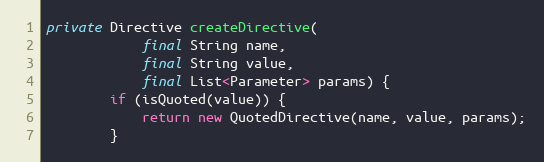
Language: Java
private Directive createDirective(
            final String name,
            final String value,
            final List<Parameter> params) {
        if (isQuoted(value)) {
            return new QuotedDirective(name, value, params);
        }